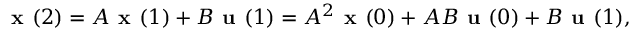
{ \textbf { x } } ( 2 ) = A { \textbf { x } } ( 1 ) + B { \textbf { u } } ( 1 ) = A ^ { 2 } { \textbf { x } } ( 0 ) + A B { \textbf { u } } ( 0 ) + B { \textbf { u } } ( 1 ) ,